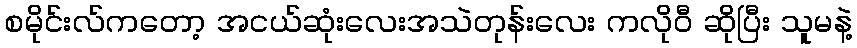
စမိုင်းလ်ကတော့ အငယ်ဆုံးလေးအသဲတုန်းလေး ကလိုဝီ ဆိုပြီး သူမနဲ့